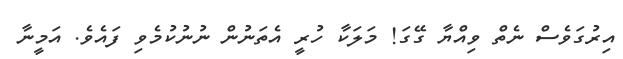
އިރުގަވެސް ނެތް ވިއްޔާ ގޭގަ! މަލަކާ ހުރީ އެތަނުން ނުނުކުމެވި ފައެވެ. އަމީނާ